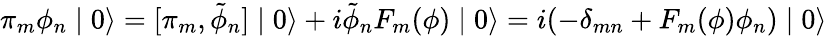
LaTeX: \pi_{m}\phi_{n}\mid 0\rangle=[\pi_{m},\tilde{\phi}_{n}]\mid 0\rangle+i\tilde{\phi}_{n}F_{m}(\phi)\mid 0\rangle=i(-\delta_{mn}+F_{m}(\phi)\phi_{n})\mid 0\rangle